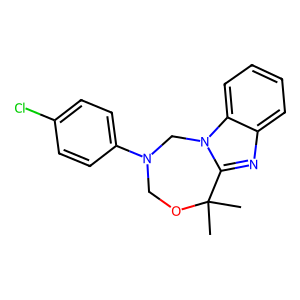
SMILES: CC1(C)OCN(c2ccc(Cl)cc2)Cn2c1nc1ccccc12
Inhibits HIV replication: No